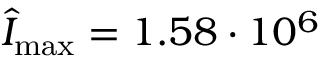
\hat { I } _ { \operatorname* { m a x } } = 1 . 5 8 \cdot 1 0 ^ { 6 }